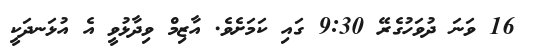
16 ވަނަ ދުވަހުގެރޭ 9:30 ގައި ކަމަށެވެ. އާޒިމް ވިދާޅުވީ އެ އުޅަނދަކީ